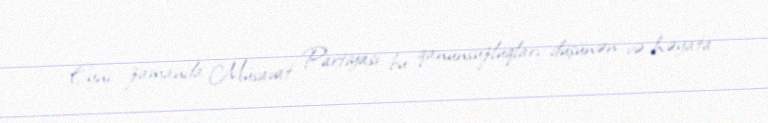
Eyni zamanda Müsavat Partiyası bu qanunsuzluqları düşünən və həyata